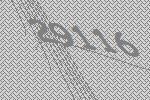
29116